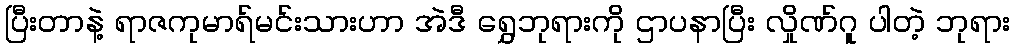
ပြီးတာနဲ့ ရာဇကုမာရ်မင်းသားဟာ အဲဒီ ရွှေဘုရားကို ဌာပနာပြီး လှိုဏ်ဂူ ပါတဲ့ ဘုရား